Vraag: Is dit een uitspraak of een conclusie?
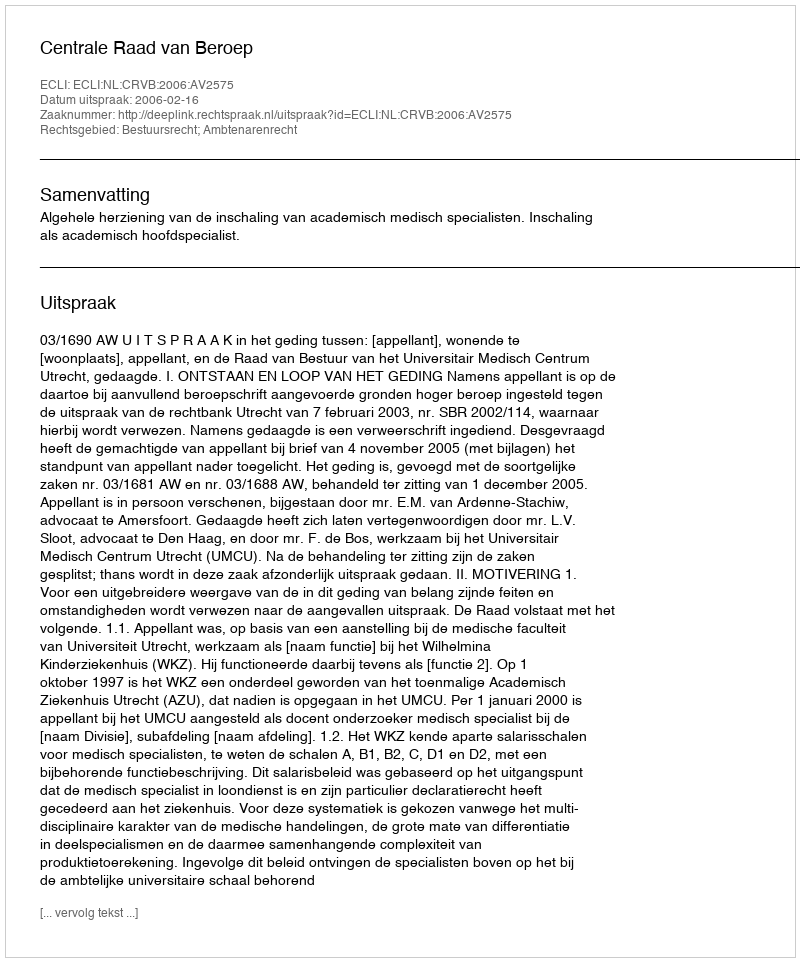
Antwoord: Uitspraak